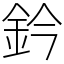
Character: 鈐